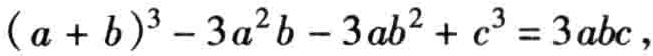
\((a + b)^{3}-3a^{2}b - 3ab^{2}+c^{3}=3abc\)